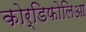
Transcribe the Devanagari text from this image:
कोर्डिफोलिआ